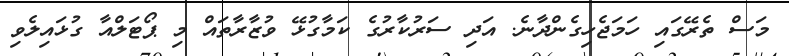
މަސް ތެރޭގައި ހަމަޖެހިގެންދާނެ. އަދި ސަރުކާރުގެ ކަމާގުޅޭ ވުޒާރާތައް މި ޕޯޓަލްއާ ގުޅައިލެވި